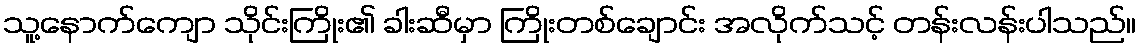
သူ့နောက်ကျော သိုင်းကြိုး၏ ခါးဆီမှာ ကြိုးတစ်ချောင်း အလိုက်သင့် တန်းလန်းပါသည်။